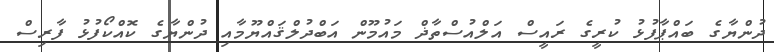
ދުންޔާގެ ބައްޕާފުޅު ކުރީގެ ރައީސް އަލްއުސްތާޛް މައުމޫން އަބްދުލްޤައްޔޫމާއި ދުންޔާގެ ކޮއްކޯފުޅު ފާރިސް